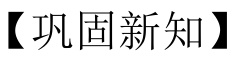
【巩固新知】